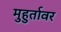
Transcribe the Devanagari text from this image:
मुहुर्तावर